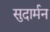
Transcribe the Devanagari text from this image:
सुदार्मन